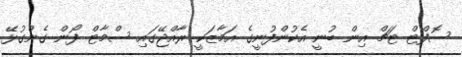
ސޮފްޓް ޓަޗް އިން ބުނީ އެކުންފުނީގެ އަމާޒަކީ ރާއްޖޭގައި ސްމާޓް ފޯން ގެންގުޅޭ